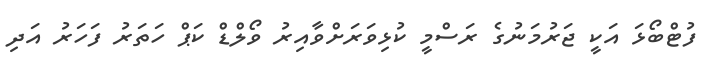
ފުޓްބޯޅަ އަކީ ޖަރުމަނުގެ ރަސްމީ ކުޅިވަރަށްވާއިރު ވޯލްޑް ކަޕް ހަތަރު ފަހަރު އަދި